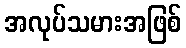
အလုပ်သမားအဖြစ်